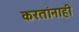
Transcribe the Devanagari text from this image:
करतांनाही